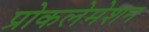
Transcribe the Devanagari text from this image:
प्रोकलेमेशन